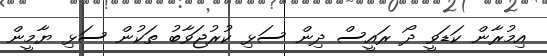
އިމުރާން ކަޑަވީ ދޯ ރައީސް ދިން ސަޅި ކުރުޖަވާބު ތަކުން ސަޅި ޔާމީން